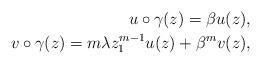
LaTeX: \begin{align*}u\circ \gamma (z)=\beta u(z),\\v\circ \gamma(z)=m\lambda z_1^{m-1}u(z)+\beta^mv(z),\end{align*}